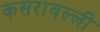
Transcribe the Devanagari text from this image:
कसरावल्ली